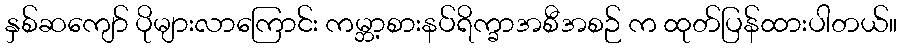
နှစ်ဆကျော် ပိုများလာကြောင်း ကမ္ဘာ့စားနပ်ရိက္ခာအစီအစဉ် က ထုတ်ပြန်ထားပါတယ်။